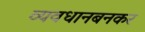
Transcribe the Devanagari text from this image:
व्यवधानबनकर